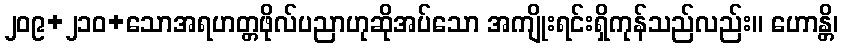
၂၀၉+၂၁၀+သောအရဟတ္တဖိုလ်ပညာဟုဆိုအပ်သော အကျိုးရင်းရှိကုန်သည်လည်း။ ဟောန္တိ၊